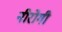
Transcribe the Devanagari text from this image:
नीरोगी